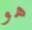
هو